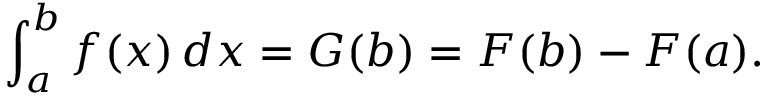
\int _ { a } ^ { b } f ( x ) \, d x = G ( b ) = F ( b ) - F ( a ) .